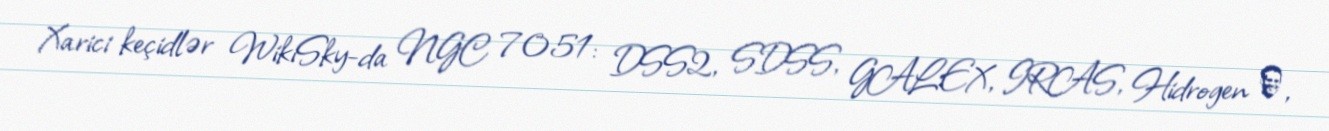
Xarici keçidlər WikiSky-da NGC 7051: DSS2, SDSS, GALEX, IRAS, Hidrogen α,